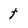
Character: t